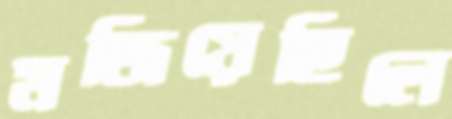
মজিয়েছিলে